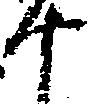
十